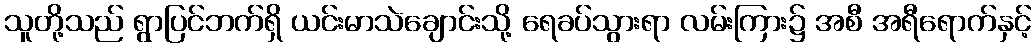
သူတို့သည် ရွာပြင်ဘက်ရှိ ယင်းမာသဲချောင်းသို့ ရေခပ်သွားရာ လမ်းကြား၌ အစီ အရီရောက်နှင့်